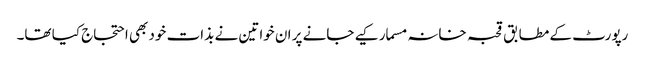
رپورٹ کے مطابق قحبہ خانہ مسمار کیے جانے پر ان خواتین نے بذات خود بھی احتجاج کیا تھا۔